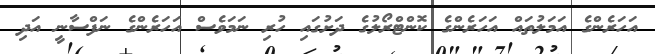
އަހަރެންގެ އަމަލުތައް އަހަރެންގެ ކޮންޓްރޯލުގެ ދަށުގައި ހުރި ނަމަވެސް އަހަރެންގެ ނަފްސާނީ އަދި